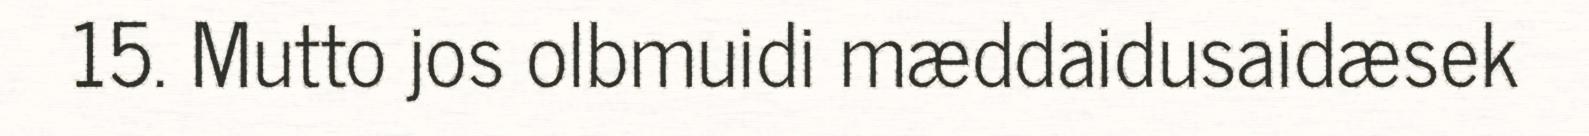
15. Mutto jos olbmuidi mæddaidusaidæsek